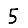
Digit: 5